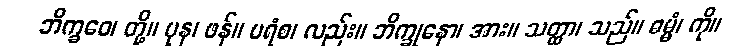
ဘိက္ခဝေ၊ တို့။ ပုန၊ ဖန်။ ပရံစ၊ လည်း။ ဘိက္ခုနော၊ အား။ သတ္ထာ၊ သည်။ ဓမ္မံ၊ ကို။